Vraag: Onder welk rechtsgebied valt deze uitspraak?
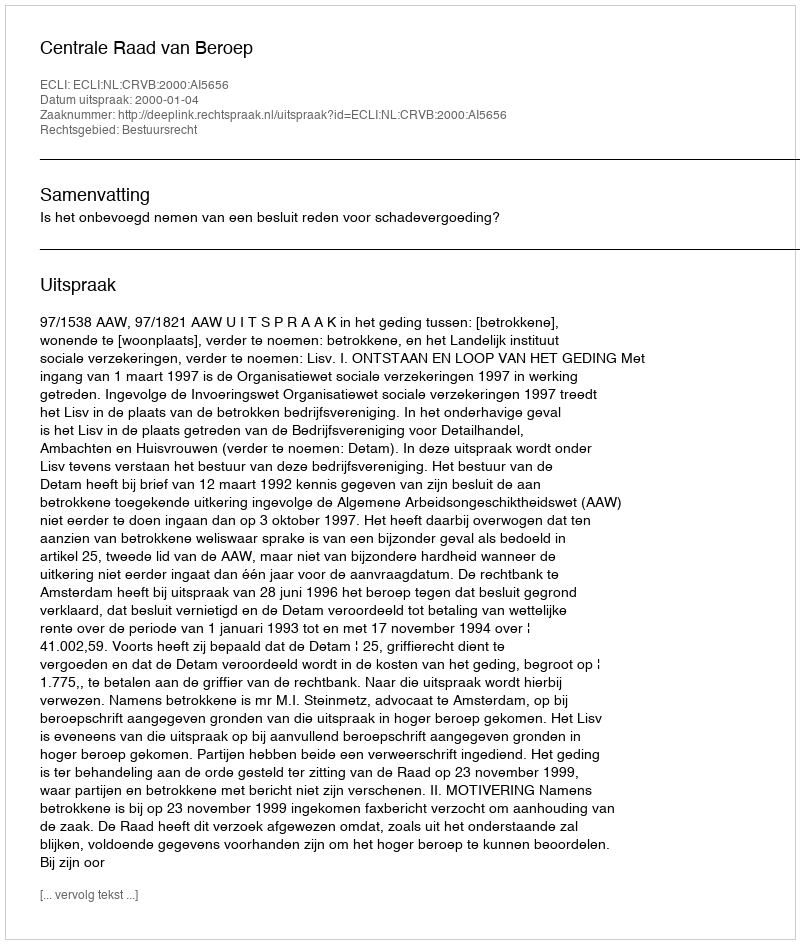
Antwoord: Bestuursrecht